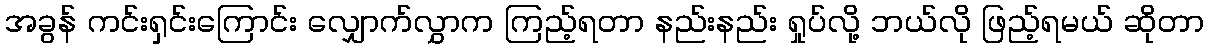
အခွန် ကင်းရှင်းကြောင်း လျှောက်လွှာက ကြည့်ရတာ နည်းနည်း ရှုပ်လို့ ဘယ်လို ဖြည့်ရမယ် ဆိုတာ